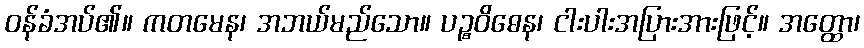
ဝန်ခံအပ်၏။ ကတမေန၊ အဘယ်မည်သော။ ပဉ္စဝိဓေန၊ ငါးပါးအပြားအားဖြင့်။ အတ္ထော၊